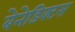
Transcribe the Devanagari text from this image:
बेनेडिक्टस